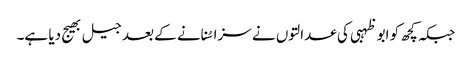
جبکہ کچھ کو ابو ظہبی کی عدالتوں نے سزا سُنانے کے بعد جیل بھیج دیا ہے۔